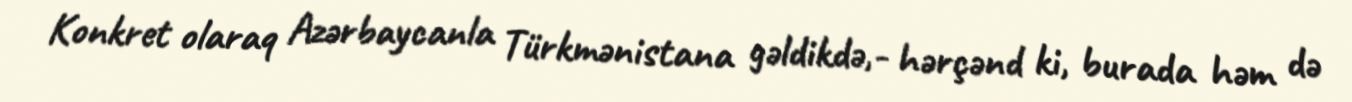
Konkret olaraq Azərbaycanla Türkmənistana gəldikdə,- hərçənd ki, burada həm də